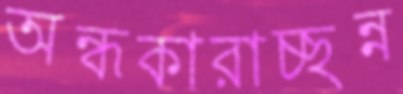
অন্ধকারাচ্ছন্ন